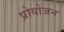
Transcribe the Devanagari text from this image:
प्रोयोजन